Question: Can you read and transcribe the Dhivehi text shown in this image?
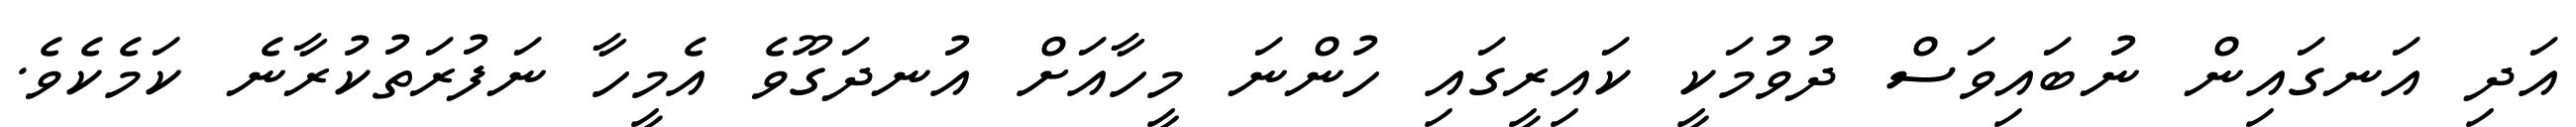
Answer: އަދި އަނގައިން ނުބައިވަސް ދުވުމަކީ ކައިރީގައި ހުންނަ މީހާއަށް އުނދަގޫވެ އެމީހާ ނަފުރަތުކުރާނެ ކަމެކެވެ.